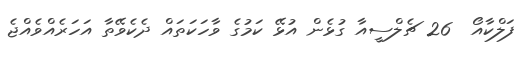
ފަލްކާއޯ  26 ޗެލްސީއާ ގުޅެން އުޅޭ ކަމުގެ ވާހަކަތައް ދެކެވޭތާ އަހަރެއްވެއްޖެ